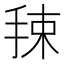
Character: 𰓯